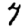
Digit: 7